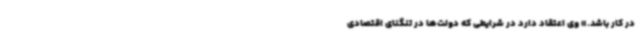
در کار باشد.» وی اعتقاد دارد در شرایطی که دولت‌ها در تنگنای اقتصادی